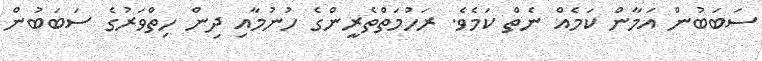
ސަބަބުން އަމާން ކަމެއް ނެތް ކަމެވެ. ރަހުމަތްތެރީންގެ ހުނުމާއި ދިން ހިތްވަރުގެ ސަބަބުން